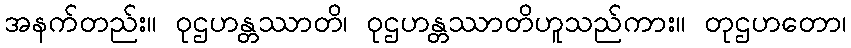
အနက်တည်း။ ဝုဌဟန္တဿာတိ၊ ဝုဌဟန္တဿာတိဟူသည်ကား။ တုဌဟတော၊